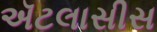
ઍટલાસીસ